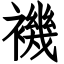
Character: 禨